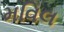
મવિલ